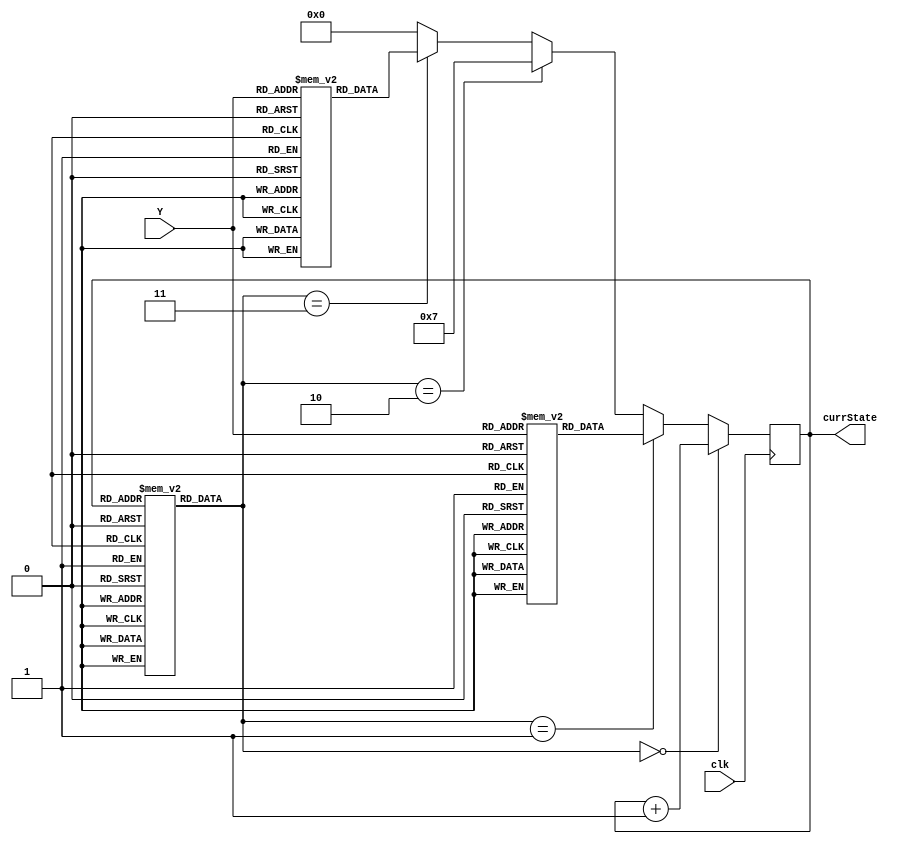
module FSM (clk,Y,currState);
    
    input [1:0] Y;
    output reg [3:0] currState;
    input clk;

    reg [2:0] MICROCODE_ROM [0:12];
    reg [3:0] DISPATCH_ROM1 [0:3];
    reg [3:0] DISPATCH_ROM2 [0:3];

    always @(posedge clk) begin
        
        if (MICROCODE_ROM[currState]==0) begin
            currState <= #2 currState+1;
        end

        else if (MICROCODE_ROM[currState]==1) begin
            currState <= #2 DISPATCH_ROM1[Y];
        end

        else if (MICROCODE_ROM[currState]==2) begin
            currState <= #2 7;
        end

        else if (MICROCODE_ROM[currState]==3) begin
            currState <= #2 DISPATCH_ROM2[Y];
        end

        else begin
            currState <= #2 0;
        end

    end

    initial begin
        currState=0;
        MICROCODE_ROM[0]=0;
        MICROCODE_ROM[1]=0;
        MICROCODE_ROM[2]=0;
        MICROCODE_ROM[3]=1;
        MICROCODE_ROM[4]=2;
        MICROCODE_ROM[5]=2;
        MICROCODE_ROM[6]=0;
        MICROCODE_ROM[7]=0;
        MICROCODE_ROM[8]=0;
        MICROCODE_ROM[9]=0;
        MICROCODE_ROM[10]=3;
        MICROCODE_ROM[11]=4;
        MICROCODE_ROM[12]=4;
    end

    initial begin
        DISPATCH_ROM1[0]=4;
        DISPATCH_ROM1[1]=5;
        DISPATCH_ROM1[2]=6;
        DISPATCH_ROM1[3]=6;
    end

    initial begin
        DISPATCH_ROM2[0]=11;
        DISPATCH_ROM2[1]=12;
        DISPATCH_ROM2[2]=12;
        DISPATCH_ROM2[3]=12;
    end

endmodule